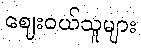
ဈေးဝယ်သူများ